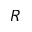
R